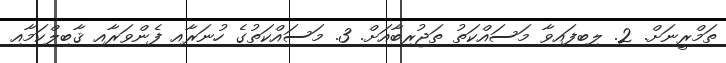
ތަމްރީނަށް. 2. ލިބިފައިވާ މަސައްކަތު ތަޖުރިބާއަށް. 3. މަސައްކަތުގެ ހުނަރާއި ފެންވަރާއި ޤާބިލްކަމާއި